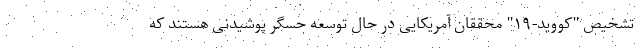
تشخیص "کووید-۱۹" محققان آمریکایی در حال توسعه حسگر پوشیدنی هستند که